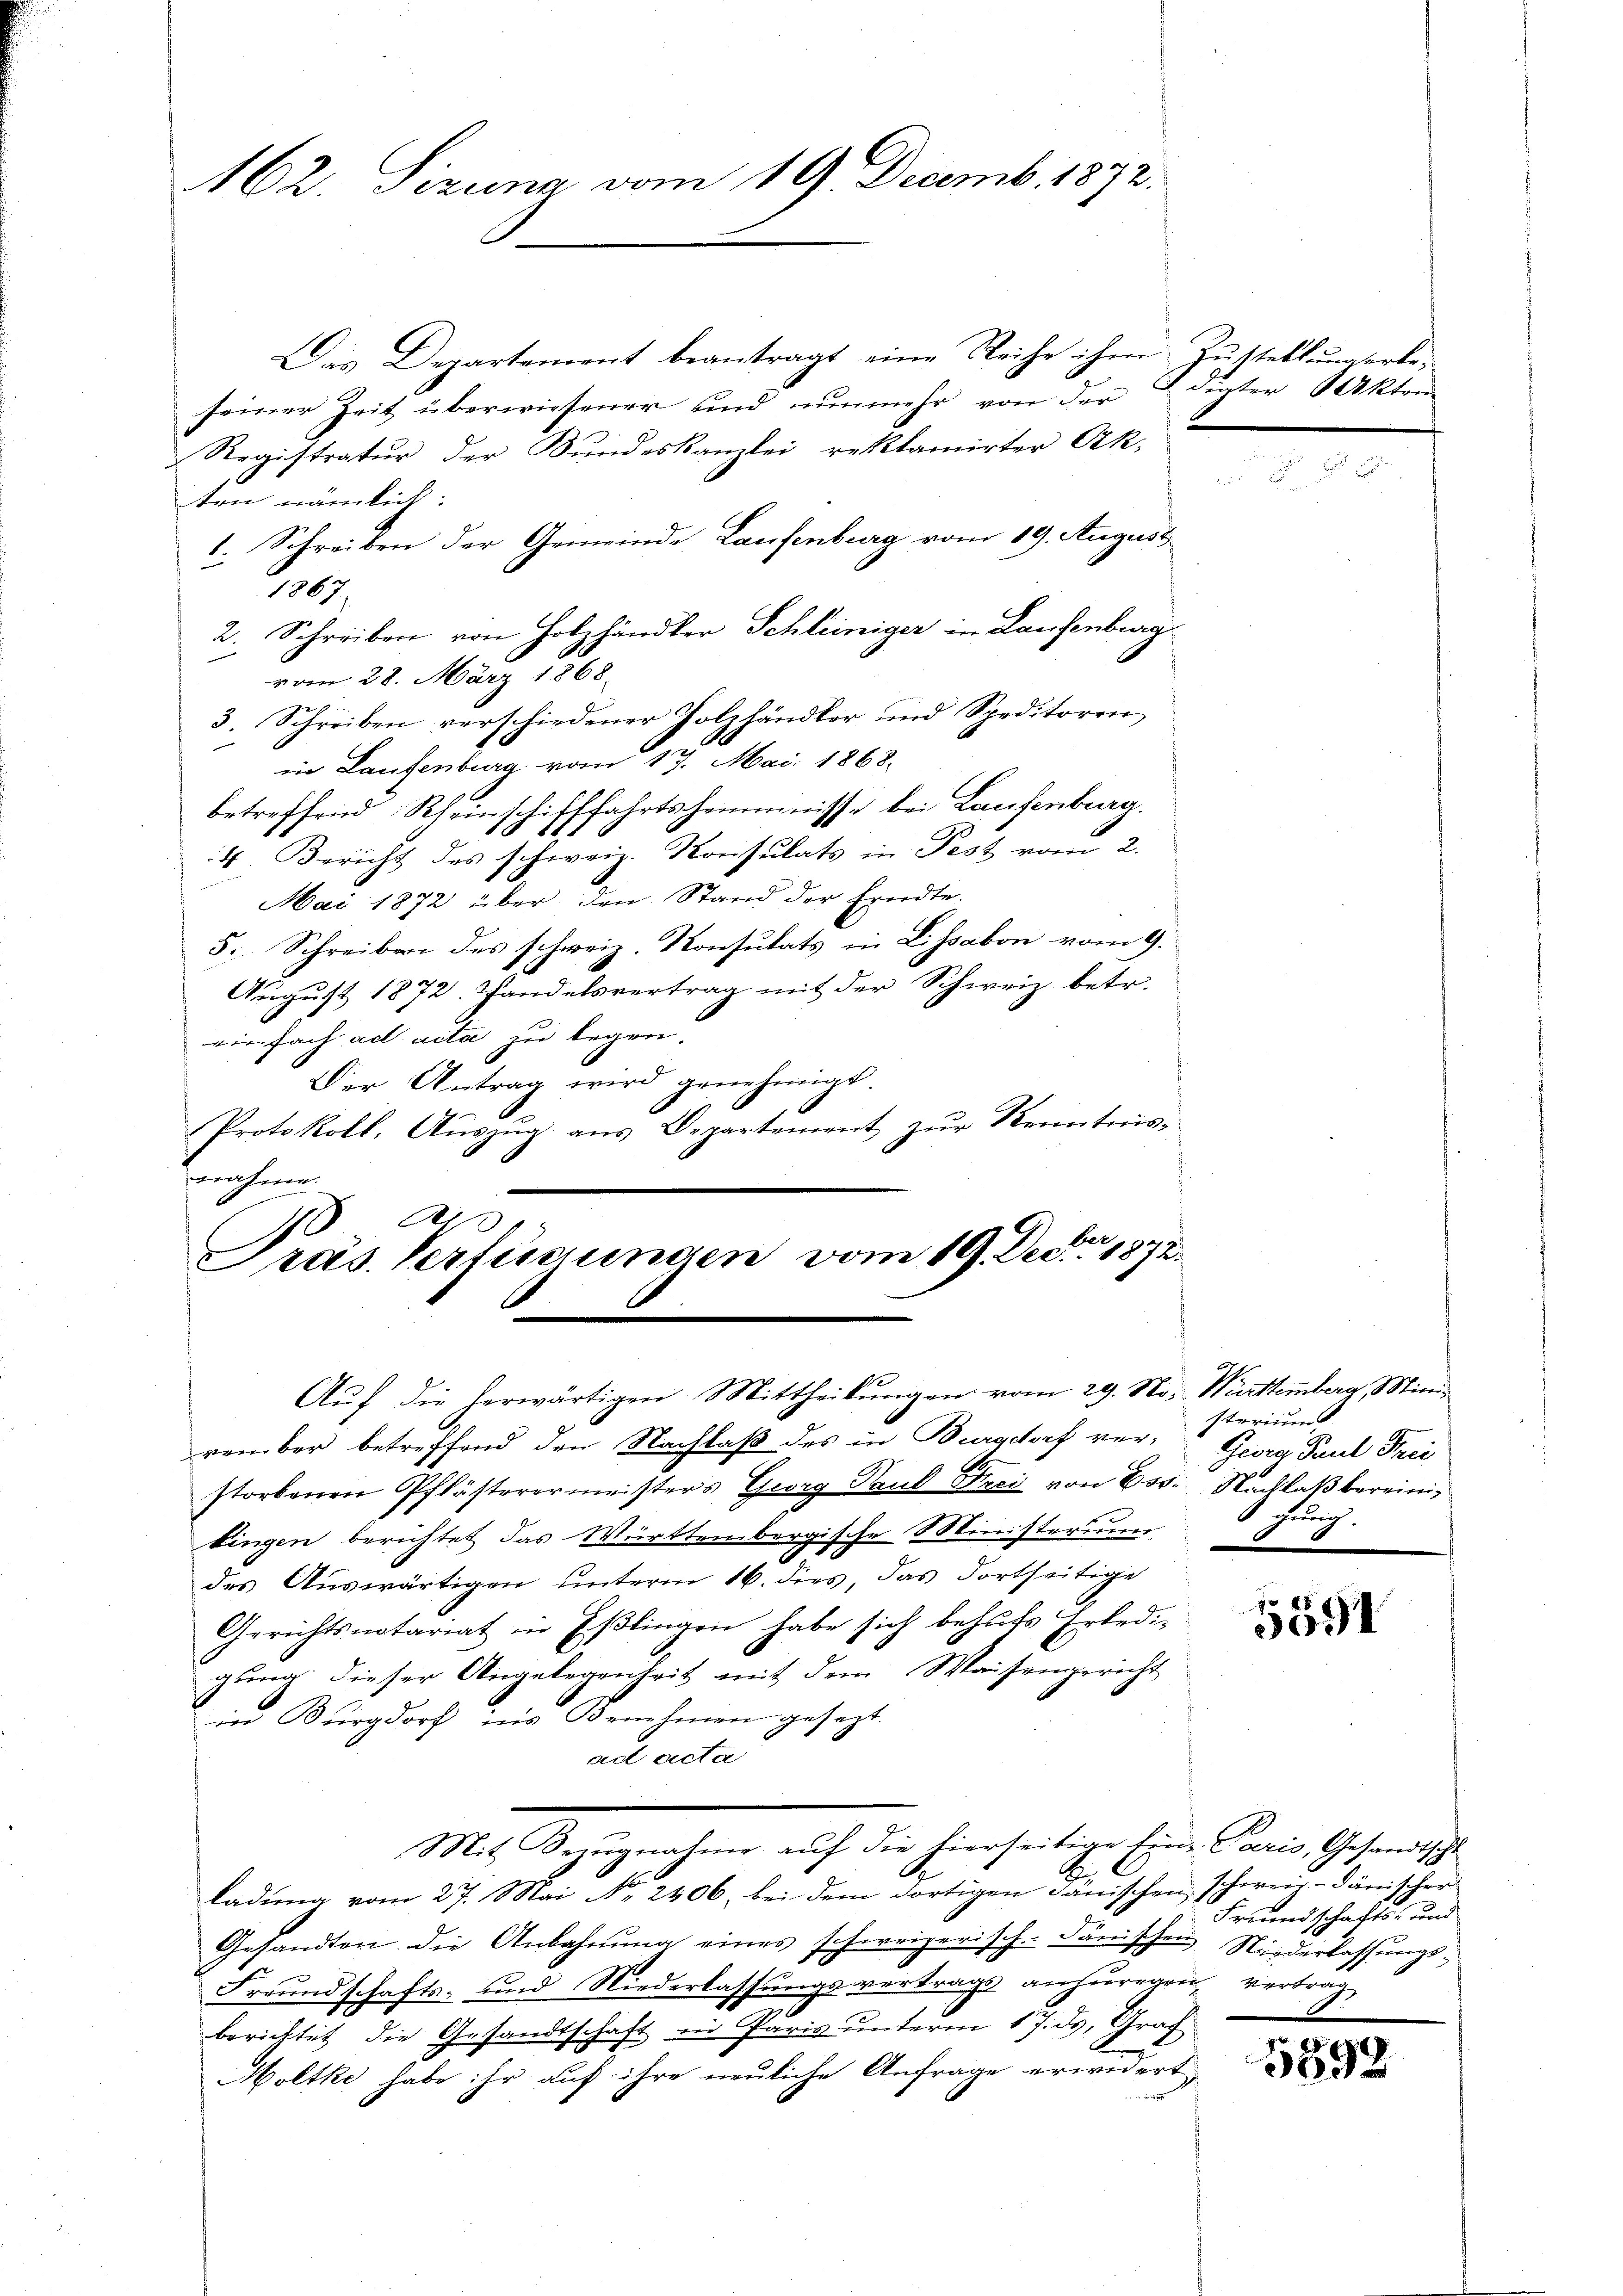
162. Sizung vom 19. Decemb. 1872.

Das Departement beantragt eine Reihe ihm Zustellungerbeseiner Zeit überwiesener und nunmehr von der
Registratur der Bundeskanzlei reklamirter Oek.
ten nämlich:
1. Schreiben der Gemeinde Laufenburg vom 19. August
1867
2. Schreiben von Holzhändler Schleiniger in Laufenburg
vom 28. März 1868.
3. Schreiben verschiedener Holzhändler und Speditoren
in Laufenburg vom 17. Mai 1868.
betreffend Rheinschifffahrtsheimnisse bei Laufenburg.
4. Bericht des schweiz. Konsulats in Fest vom 2.
Mai 1872 über den Stand der Erndte.
5. Schreiben des schweiz. Konsulats in Lissabon vom 9.
Aŭgŭst 1872. Handelsvertrag mit der Schweiz betr.
einfach ad acta zu legen.
Der Antrag wird genehmigt.
Protokoll, Auszug aus Departement zur Kenntnis-
bnahme
104
Präs. Vertigungen vom 19. Dec. 1872.
Auf die herwärtigen Mittheilungen vom 29. No-
vember betreffend den Nachlaß des in Burgdorf verstorbenen Pflästerermeisters Georg Paul Drei von Ess
kingen berichtet das Württembergische Ministerium
.
des Auswärtigen unterm 16. dies, das dortseitige
Gerichtsnotariat in Eßlingen habe sich behufs Erledigung dieser Angelegenheit mit dem Waisengericht
in Burgdorf ins Benehmen gesezt.
ad acta
Mit Bezŭgnahme aŭf die hierseitige Ein- Paris, Gesandtschl
E
ladung vom 27. Mai N. 2406, bei dem dortigen Jänischen schweiz.- dänischer
Gesandten die Anbahnŭng eines schweizerisch. Janischen Niederlassungs-
Freundschafts- und Niederlassungsvertrags anzuregen, vertrag
berichtet die Gesandtschaft in Paris unterm 17. ds. Graf
Moltke habe ihr auf ihre neuliche Anfrage erwidert,

digter Akten

Württemberg, Ministerien
Georg Paul Frei
Nachlaß bereinig
gung
d

5591

Freundschafts- und

5392